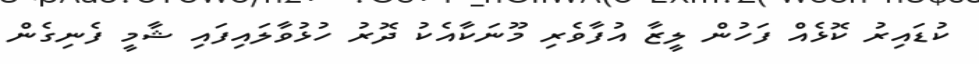
ކުޑައިރު ކޮޅެއް ފަހުން ލީޒާ އުފާވެރި މޫނަކާއެކު ދޮރު ހުޅުވާލައިފައި ޝާމީ ފެނިގެން